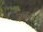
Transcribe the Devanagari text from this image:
जाहि।